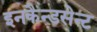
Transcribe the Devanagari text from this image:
इनकैन्डसेन्ट